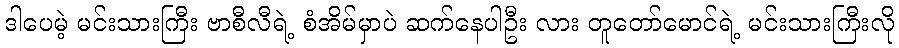
ဒါပေမဲ့ မင်းသားကြီး ဗာစီလီရဲ့ စံအိမ်မှာပဲ ဆက်နေပါဦး လား တူတော်မောင်ရဲ့ မင်းသားကြီးလို